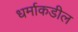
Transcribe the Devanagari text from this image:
धर्माकडील